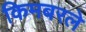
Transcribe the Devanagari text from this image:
किमबरले